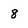
Character: 8